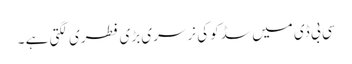
سی بی ڈی میں سڈکو کی نرسری بڑی فطری لگتی ہے ۔